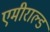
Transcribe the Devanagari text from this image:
एमीराल्ड